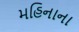
મહિનાના